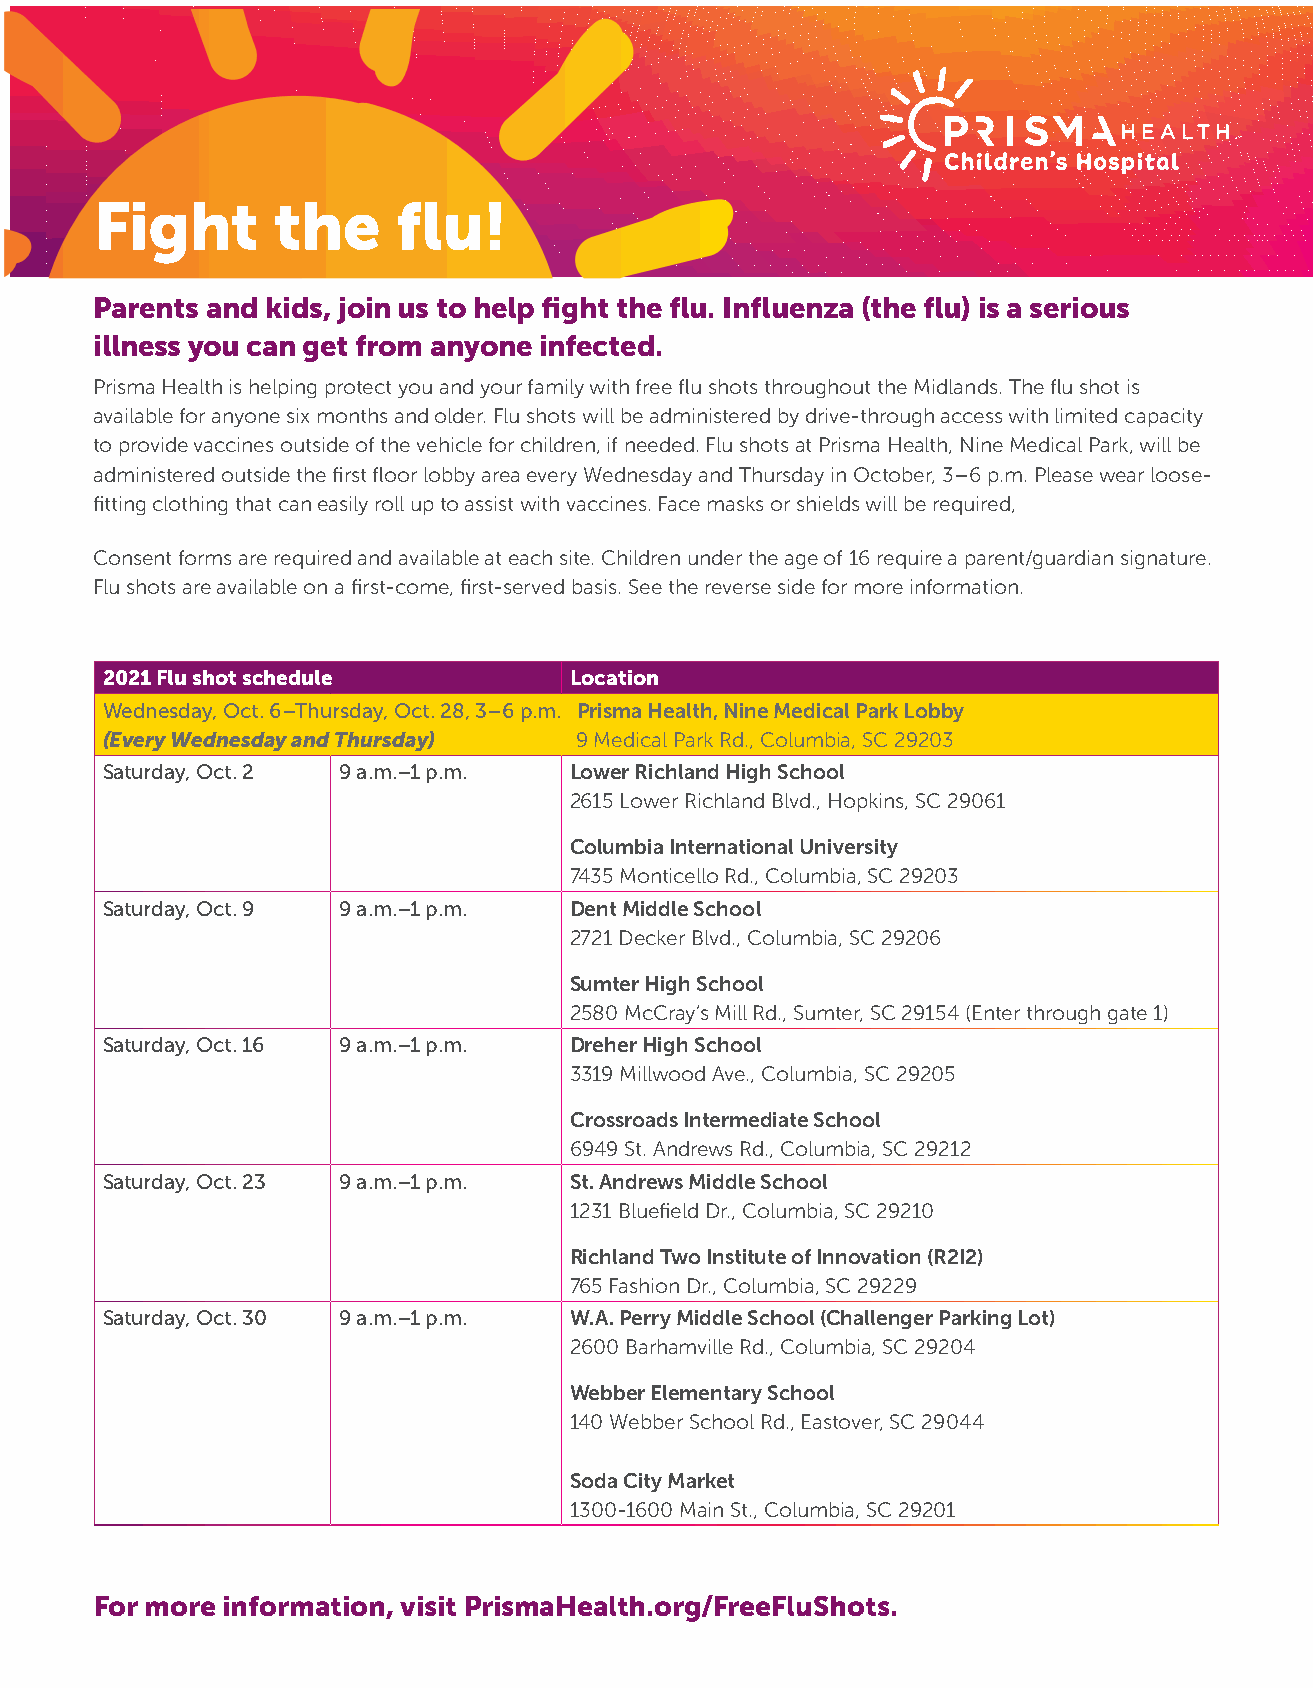
Fight       the     flu!
 Parents and kids, join us to help fight the flu. Influenza (the flu) is a serious
 illness you can get from anyone infected.
 Prisma Health is helping protect you and your family with free flu shots throughout the Midlands. The flu shot is
 available for anyone six months and older. Flu shots will be administered by drive-through access with limited capacity
 to provide vaccines outside of the vehicle for children, if needed. Flu shots at Prisma Health, Nine Medical Park, will be
 administered outside the first floor lobby area every Wednesday and Thursday in October, 3–6 p.m. Please wear loose-
 fitting clothing that can easily roll up to assist with vaccines. Face masks or shields will be required,
 Consent forms are required and available at each site. Children under the age of 16 require a parent/guardian signature.
 Flu shots are available on a first-come, first-served basis. See the reverse side for more information.
 2021 Flu shot schedule         Location
 Wednesday, Oct. 6–Thursday, Oct. 28, 3–6 p.m. Prisma Health, Nine Medical Park Lobby
 (Every Wednesday and Thursday) 9 Medical Park Rd., Columbia, SC 29203
 Saturday, Oct. 2 9 a.m.–1 p.m. Lower Richland High School
 2615 Lower Richland Blvd., Hopkins, SC 29061
 Columbia International University
 7435 Monticello Rd., Columbia, SC 29203
 Saturday, Oct. 9 9 a.m.–1 p.m. Dent Middle School
 2721 Decker Blvd., Columbia, SC 29206
 Sumter High School
 2580 McCray’s Mill Rd., Sumter, SC 29154 (Enter through gate 1)
 Saturday, Oct. 16 9 a.m.–1 p.m. Dreher High School
 3319 Millwood Ave., Columbia, SC 29205
 Crossroads Intermediate School
 6949 St. Andrews Rd., Columbia, SC 29212
 Saturday, Oct. 23 9 a.m.–1 p.m. St. Andrews Middle School
 1231 Bluefield Dr., Columbia, SC 29210
 Richland Two Institute of Innovation (R2I2)
 765 Fashion Dr., Columbia, SC 29229
 Saturday, Oct. 30 9 a.m.–1 p.m. W.A. Perry Middle School (Challenger Parking Lot)
 2600 Barhamville Rd., Columbia, SC 29204
 Webber Elementary School
 140 Webber School Rd., Eastover, SC 29044
 Soda City Market
 1300-1600 Main St., Columbia, SC 29201
 For more information, visit PrismaHealth.org/FreeFluShots.